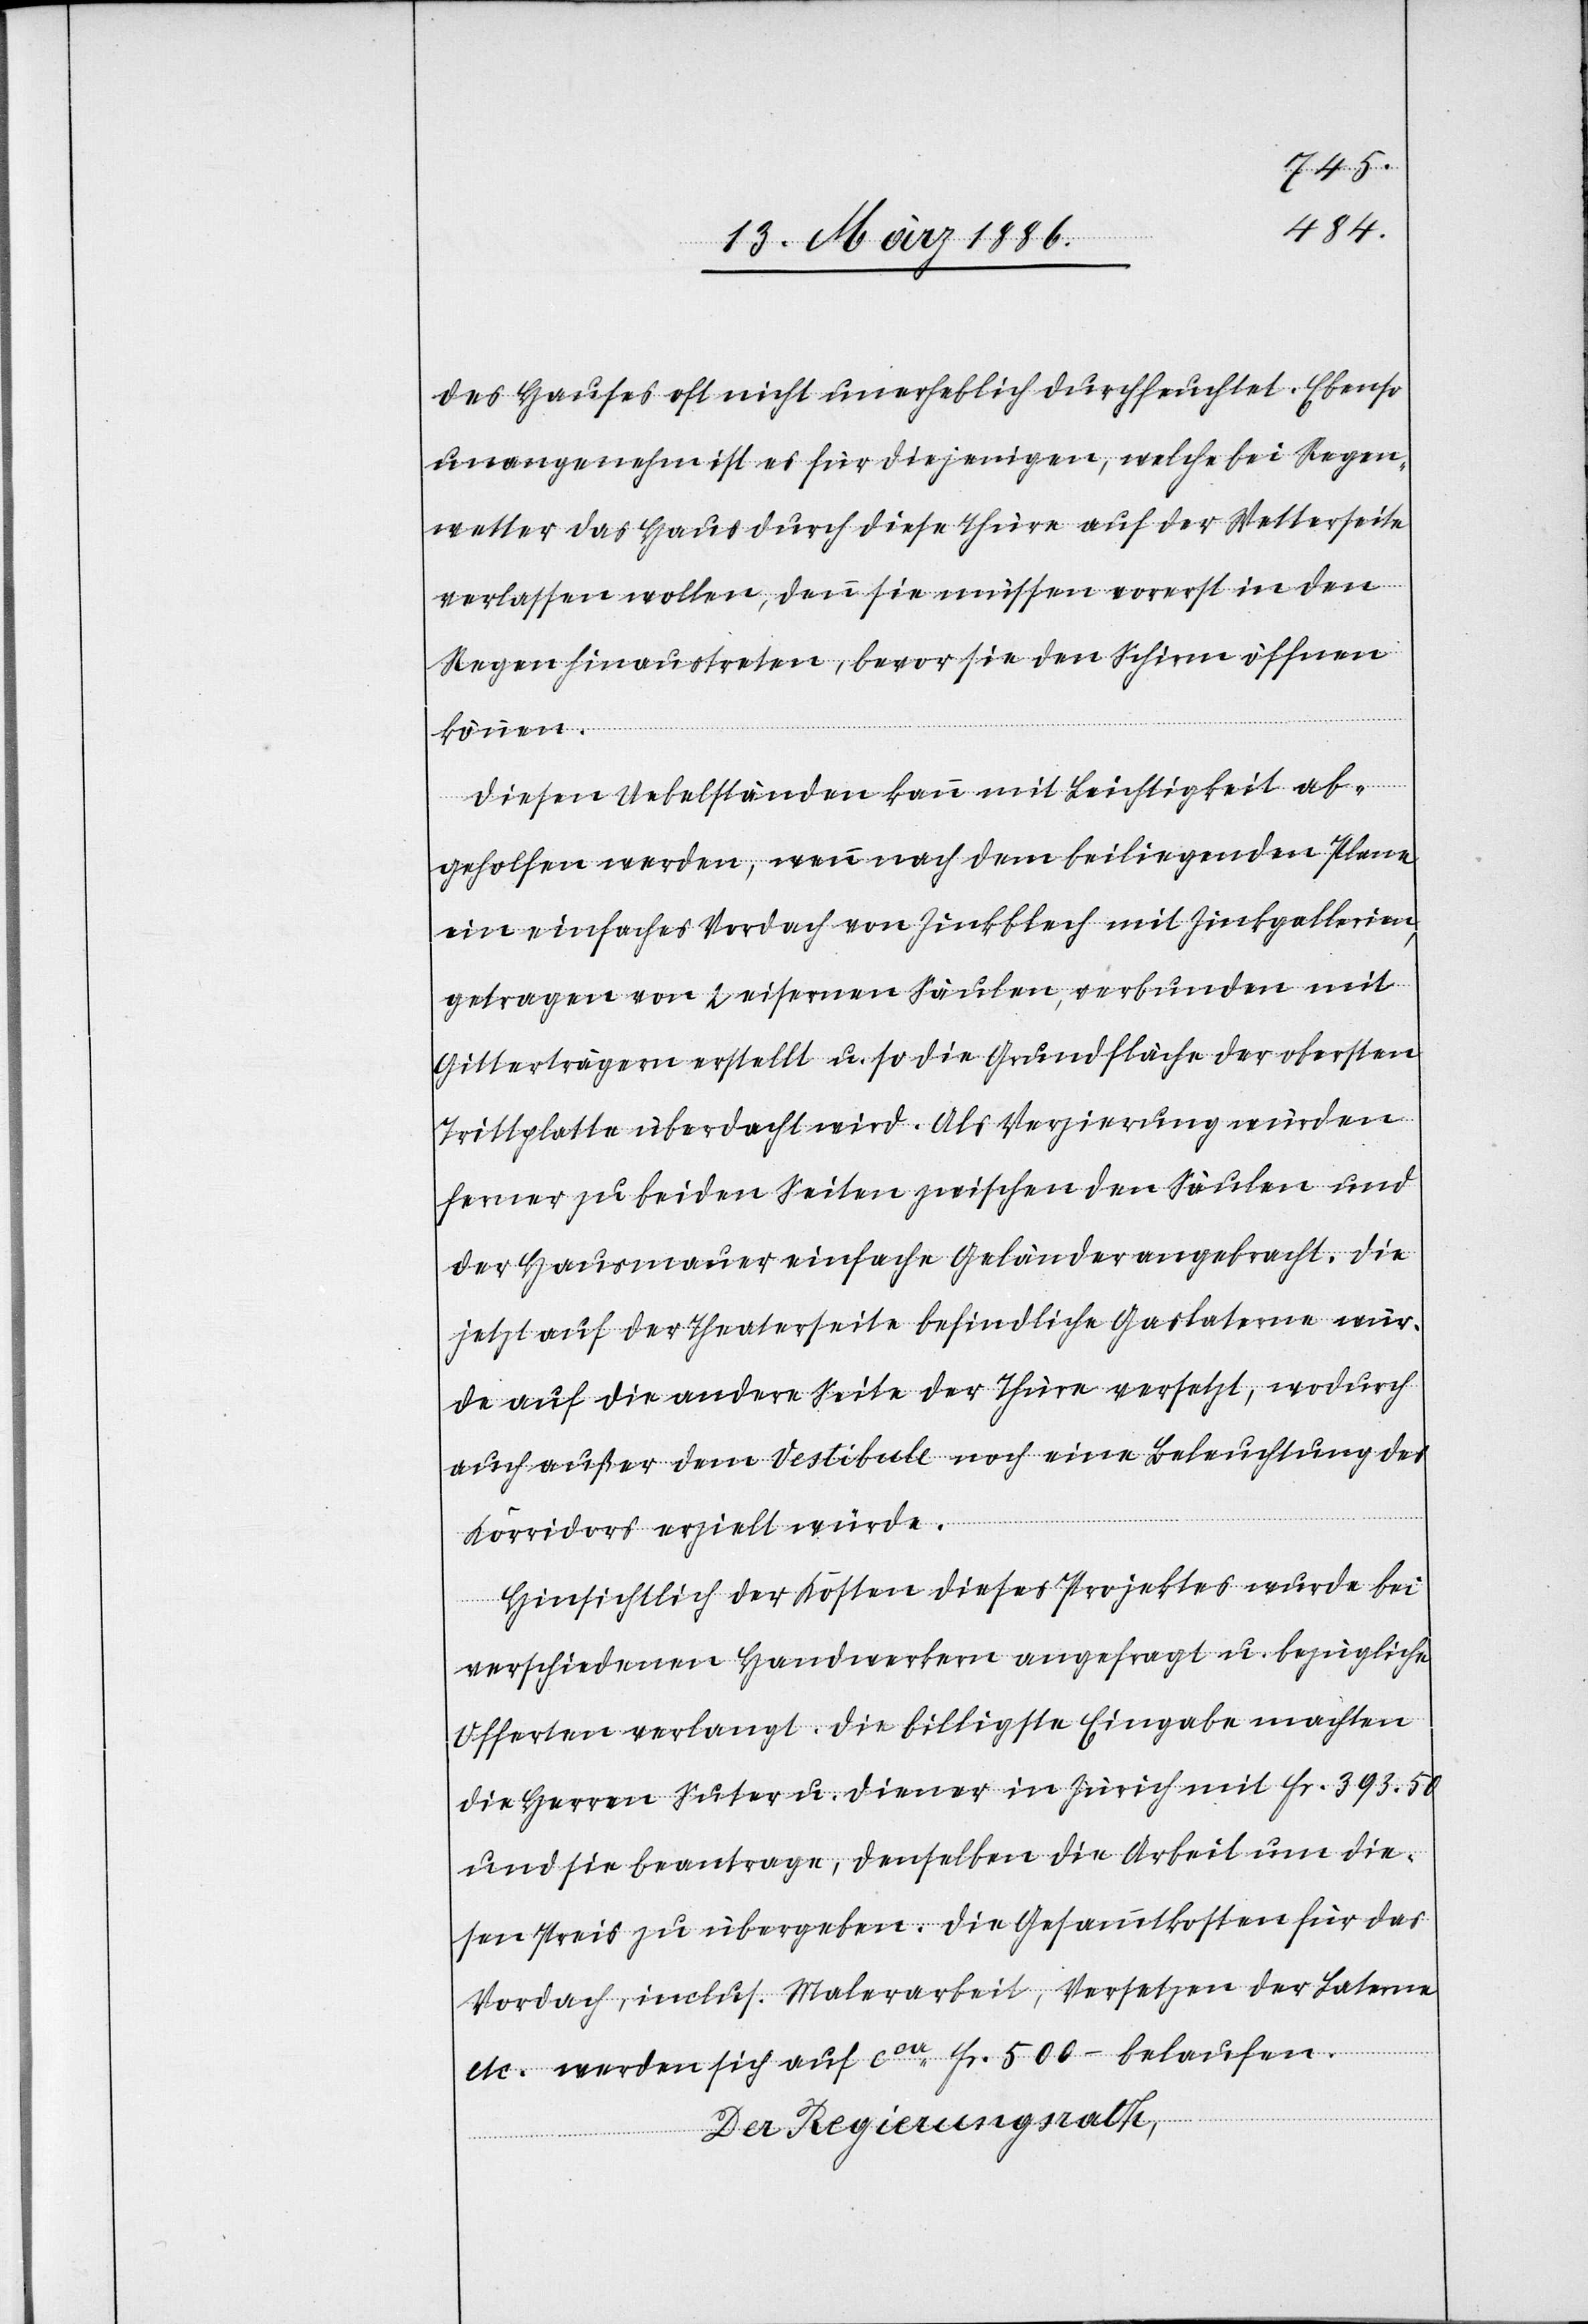
des Hauses oft nicht unerheblich durchflutet. Ebenso
unangenehm ist es für diejenigen, welche bei Regen¬
wetter das Haus durch diese Thüre auf der Wetterseite
verlassen wollen, denn sie müssen vorerst in den
Regen hinaustreten, bevor sie den Schirm öffnen
können.
Diesen Uebelständen kann mit Leichtigkeit ab¬
geholfen werden, wenn nach dem beiliegenden Plane
ein einfaches Vordach von Zinkblech mit Zinkgallerien,
getragen von 2 eisernen Säulen, verbunden mit
Gitterträgern erstellt u. so die Grundfläche der obersten
Trittplatte überdacht wird. Als Verzierung würden
ferner zu beiden Seiten zwischen den Säulen und
der Hausmauer einfache Geländer angebracht. Die
jetzt auf der Theaterseite befindliche Gaslaterne wür¬
de auf die andere Seite der Thüre versetzt, wodurch
auch außer dem Vestibule noch eine Beleuchtung des
Korridors erzielt würde.
Hinsichtlich der Kosten dieses Projektes wurde bei
verschiedenen Handwerkern angefragt u. bezügliche
Offerten verlangt. Die billigste Eingabe machten
die Herren Suter u. Diener in Zürich mit Fr. 393.50
und sie beantragen, denselben die Arbeit um die¬
sen Preis zu übergeben. Die Gesammtkosten für das
Vordach, inclus. Malerarbeit, Versetzten der Laterne
etc. werden sich auf cca Fr. 500.– belaufen.
Der Regierungsrath